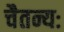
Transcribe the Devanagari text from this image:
चैतन्यः